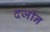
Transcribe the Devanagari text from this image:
दर्जीन